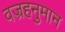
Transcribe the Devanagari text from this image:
वज्रहनुमान